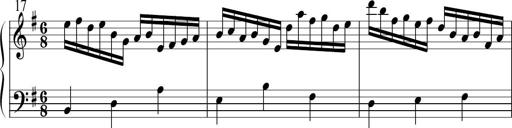
Title: Sonatine No.1 in E minor
Composer: Klaus Jung
Key: E minor